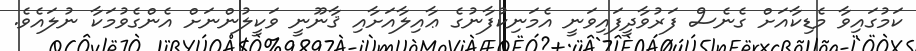
ކަމުގައިވާ މެޑިކާއަށް ގެނެސް ފަރުވާދީފައިވަނީ އެމަނިކުފާނުގެ ޢާއިލާއަށާއި ޤާނޫނީ ވަކީލުންނަށް އެންގެވުމަކާ ނުލައެވެ.